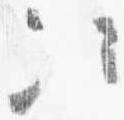
次